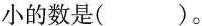
小的数是（）。